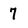
Character: 7